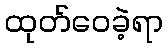
ထုတ်ဝေခဲ့ရာ